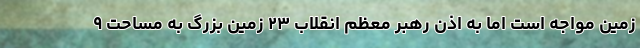
زمین مواجه است اما به اذن رهبر معظم انقلاب ۲۳ زمین بزرگ به مساحت ۹